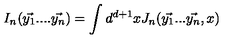
I _ { n } ( \vec { y _ { 1 } } . . . . \vec { y _ { n } } ) = \int d ^ { d + 1 } x J _ { n } ( \vec { y _ { 1 } } . . . \vec { y _ { n } } , x )